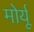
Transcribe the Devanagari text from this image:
मोर्यू